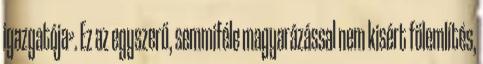
igazgatója». Ez az egyszerű, semmiféle magyarázással nem kisért fölemlítés,